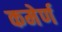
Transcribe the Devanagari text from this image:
कमेर्ण